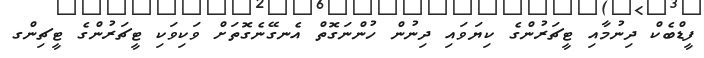
ފީޑްބެކް ދިނުމާއި ޓީޗަރުންގެ ކިޔަވައި ދިނުން ހުންނަގޮތް އެނގޭނެގޮތަށް ވަކިވަކި ޓީޗަރުންގެ ޓީޗިންގ